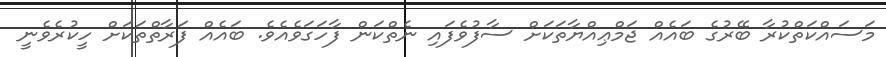
މަސައްކަތްކުރާ ބޭރުގެ ބައެއް ޖަމްޢިއްޔާތަކަށް ސާފުވެފައި ނެތްކަން ފާހަގަވެއެވެ. ބައެއް ފަރާތްތަކަށް ހީކުރެވެނީ